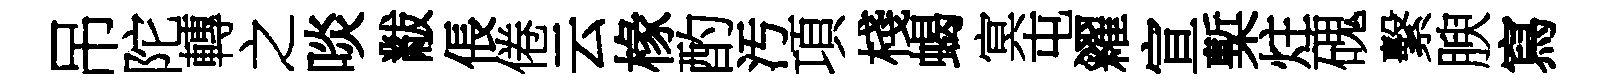
吊陀轉之啖黻倀倦云椽酌汚項棧蝎㝠屯糴宣槧炷磈繫腴寫